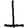
Digit: 1